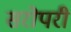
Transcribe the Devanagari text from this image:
सरोपरी